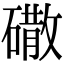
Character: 䃟